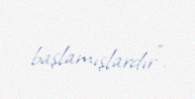
başlamışlardır”.